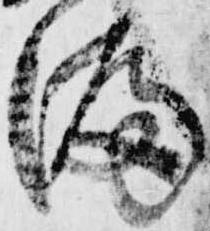
漏